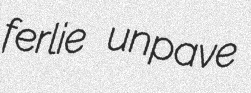
ferlie unpave